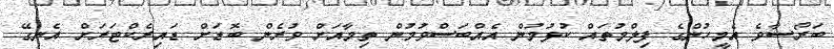
ބަރޯސާވެ އެމީހުންގެ ފިލްމުތައް ކުޅުމުން އެއްބަސްވުމުން ތިމާއަށް ވުރެން ބޮޑަށް ޑައިރެކްޓަރަށް އެނގޭ